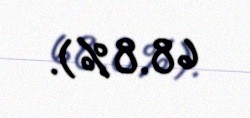
68.8%).